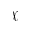
\mathcal { X }